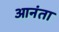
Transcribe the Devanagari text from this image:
आनंता